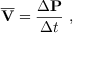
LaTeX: { \overline { { \mathbf { V } } } } = { \frac { \Delta \mathbf { P } } { \Delta t } } \ ,